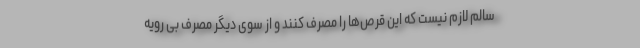
سالم لازم نیست که این قرص‌ها را مصرف کنند و از سوی دیگر مصرف بی رویه